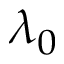
\lambda _ { 0 }